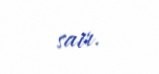
sair.